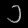
Digit: ၁